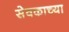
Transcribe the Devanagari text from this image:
सेवकाच्या